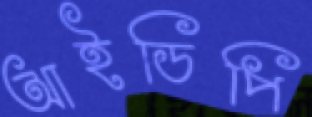
আইডিপি